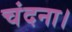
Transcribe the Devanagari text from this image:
चंदना।